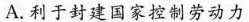
A.利于封建国家控制劳动力